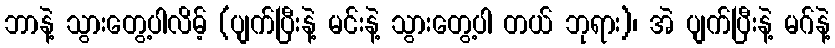
ဘာနဲ့ သွားတွေ့ပါလိမ့် (ပျက်ပြီးနဲ့ မင်းနဲ့ သွားတွေ့ပါ တယ် ဘုရား)၊ အဲ ပျက်ပြီးနဲ့ မဂ်နဲ့